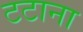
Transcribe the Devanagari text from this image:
टटाना